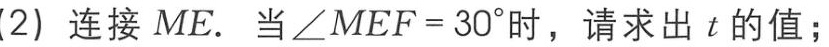
(2) 连接 \(ME\). 当\(\angle MEF = 30^{\circ}\)时，请求出 \(t\) 的值；